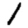
Digit: 1